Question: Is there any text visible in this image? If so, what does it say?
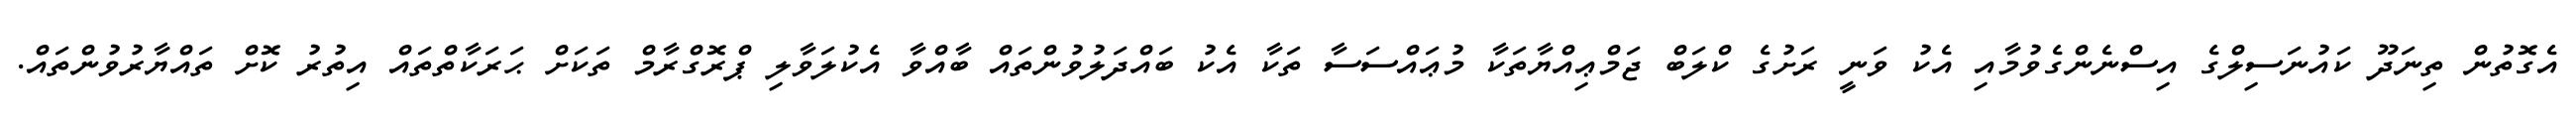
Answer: އެގޮތުން ތިނަދޫ ކައުނަސިލްގެ އިސްނެންގެވުމާއި އެކު ވަނީ ރަށުގެ ކްލަބް ޖަމްޢިއްޔާތަކާ މުޢައްސަސާ ތަކާ އެކު ބައްދަލުވުންތައް ބާއްވާ އެކުލަވާލި ޕްރޮގްރާމް ތަކަށް ޙަރަކާތްތައް އިތުރު ކޮށް ތައްޔާރުވުންތައް.